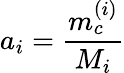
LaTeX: a_{i}=\frac{m_{c}^{(i)}}{M_{i}}